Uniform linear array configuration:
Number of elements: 12
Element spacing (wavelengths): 0.25
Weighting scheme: blackman
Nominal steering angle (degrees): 45
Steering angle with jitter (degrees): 45.385
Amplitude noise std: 0.05
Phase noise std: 0.05

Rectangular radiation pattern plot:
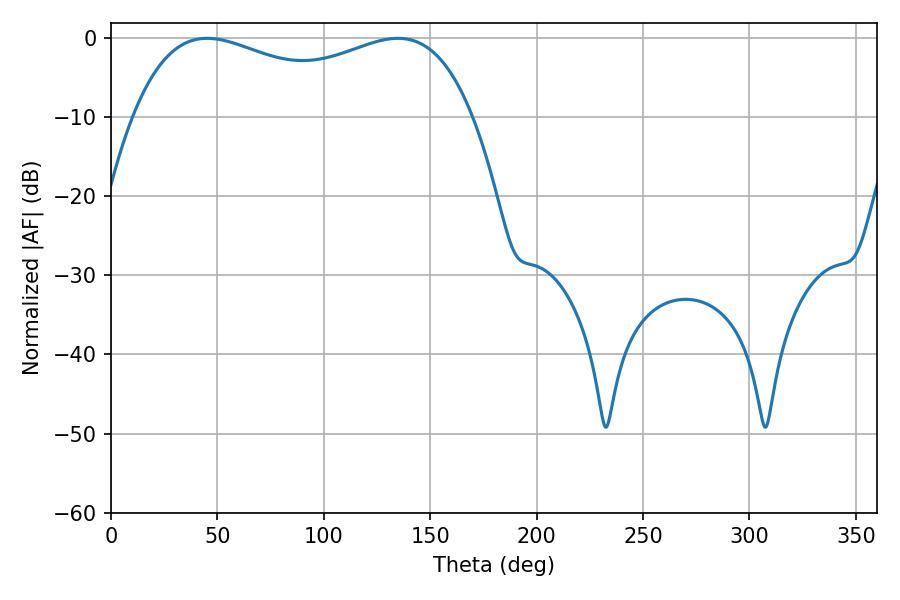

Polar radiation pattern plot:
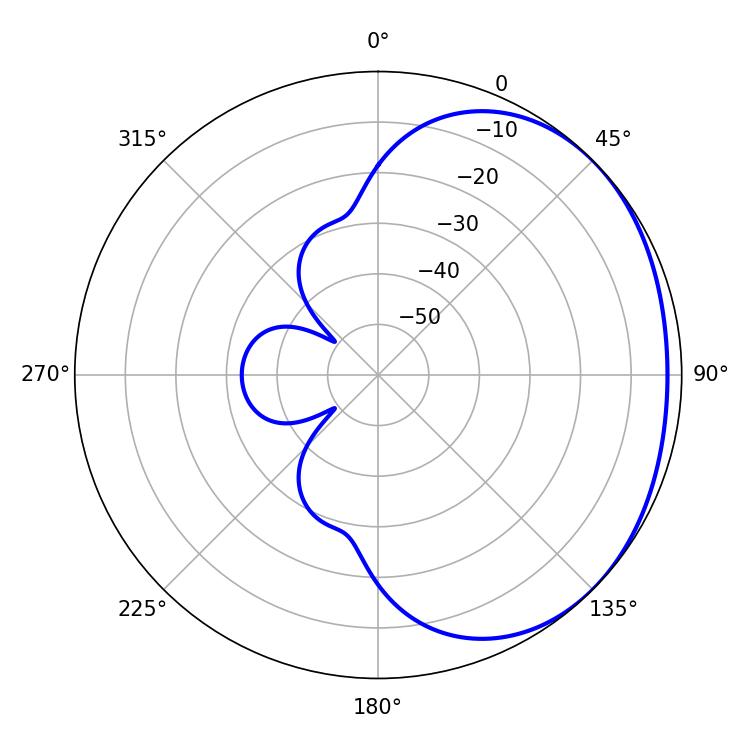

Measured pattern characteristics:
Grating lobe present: FALSE
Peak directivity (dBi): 1.537
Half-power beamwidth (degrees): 131.76
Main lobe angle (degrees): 45.18